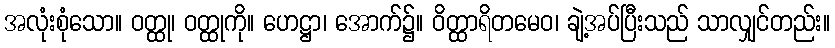
အလုံးစုံသော။ ဝတ္ထု၊ ဝတ္ထုကို။ ဟေဋ္ဌာ၊ အောက်၌။ ဝိတ္ထာရိတမေဝ၊ ချဲ့အပ်ပြီးသည် သာလျှင်တည်း။